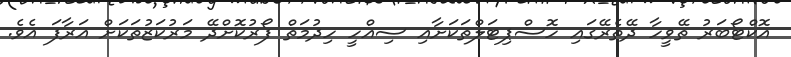
އޮކްޓޯބަރު ތޭވީހާ ދޭތެރޭގައި ހޮސްޕިޓަލްތަކަށާއި ސިއްހީ ހިދުމަތް ފޯރުކޮށްދޭ މަރުކަޒުތަކަށް އަރާފަ އެވެ.